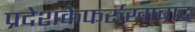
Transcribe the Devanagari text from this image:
प्रदेशकेफर्रुखाबाद